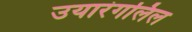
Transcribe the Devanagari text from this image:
उयारंगलिल